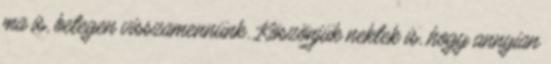
ma is, betegen visszamennünk. Köszönjük nektek is, hogy annyian